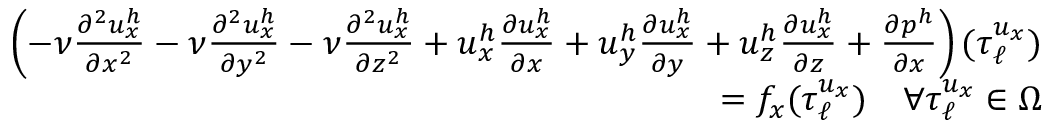
\begin{array} { r } { \left( - \nu \frac { \partial ^ { 2 } u _ { x } ^ { h } } { \partial x ^ { 2 } } - \nu \frac { \partial ^ { 2 } u _ { x } ^ { h } } { \partial y ^ { 2 } } - \nu \frac { \partial ^ { 2 } u _ { x } ^ { h } } { \partial z ^ { 2 } } + u _ { x } ^ { h } \frac { \partial u _ { x } ^ { h } } { \partial x } + u _ { y } ^ { h } \frac { \partial u _ { x } ^ { h } } { \partial y } + u _ { z } ^ { h } \frac { \partial u _ { x } ^ { h } } { \partial z } + \frac { \partial p ^ { h } } { \partial x } \right) ( \boldsymbol { \tau } _ { \ell } ^ { u _ { x } } ) } \\ { = f _ { x } ( \boldsymbol { \tau } _ { \ell } ^ { u _ { x } } ) \quad \forall \boldsymbol { \tau } _ { \ell } ^ { u _ { x } } \in \Omega } \end{array}